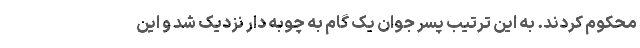
محکوم کردند. به این ترتیب پسر جوان یک گام به چوبه دار نزدیک شد و این